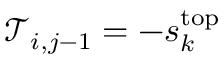
\mathcal { T } _ { i , j - 1 } = - s _ { k } ^ { \mathrm { t o p } }